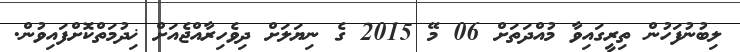
ލިބުނުފަހުން ތިރީގައިވާ މުއްދަތަށް 06 މޭ 2015 ގެ ނިޔަލަށް ދިވެހިރާއްޖެއަށް ޚިދުމަތްކޮށްފައިވުން.